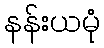
နန်းယမုံ